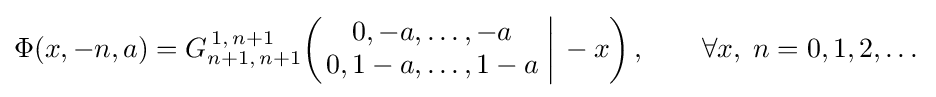
\Phi (x,-n,a)=G_{n+1,\,n+1}^{\,1,\,n+1}\!\left(\left.{\begin{matrix}0,-a,\dots ,-a\\0,1-a,\dots ,1-a\end{matrix}}\;\right|\,-x\right),\qquad \forall x,\;n=0,1,2,\dots